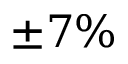
\pm 7 \%